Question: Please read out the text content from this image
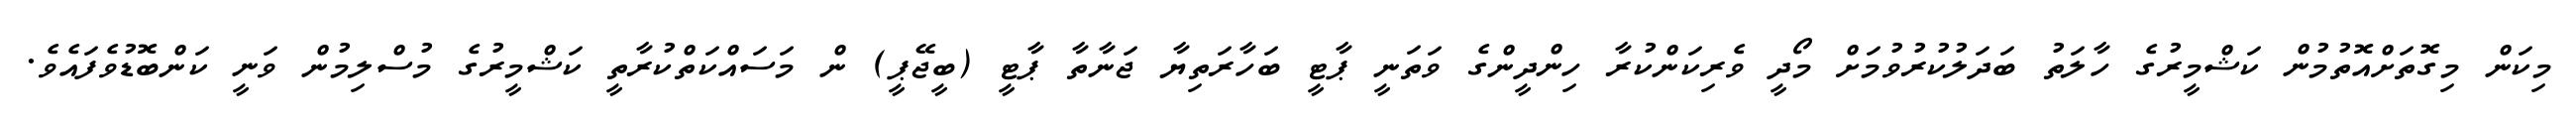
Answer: މިކަން މިގޮތަށްއޮތުމުން ކަޝްމީރުގެ ހާލަތު ބަދަލުކުރުވުމަށް މޯދީ ވެރިކަންކުރާ ހިންދީންގެ ވަތަނީ ޕާޓީ ބަހާރަތިޔާ ޖަނާތާ ޕާޓީ (ބީޖޭޕީ) ން މަސައްކަތްކުރާތީ ކަޝްމީރުގެ މުސްލިމުން ވަނީ ކަންބޮޑުވެފައެވެ.